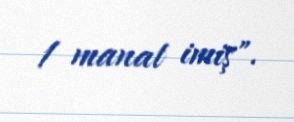
1 manat imiş".